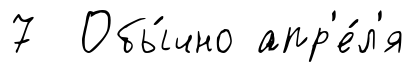
7 Обы́чно апр'е́л'я